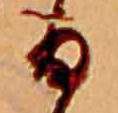
日